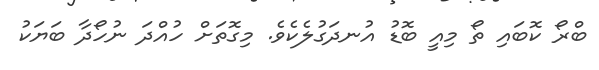
ބްރޯ ކޮބައި ތޯ މިއީ ބޮޑު އުނދަގުލެކެވެ. މިގޮތަށް ހުއްދަ ނުހޯދާ ބަޔަކު